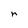
Character: r